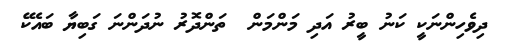
ދިވެހިންނަކީ ކަނު ބީރު އަދި މަންމަން  ތަންދޮރު ނުދަންނަ ގަބިޔާ ބައެކޭ